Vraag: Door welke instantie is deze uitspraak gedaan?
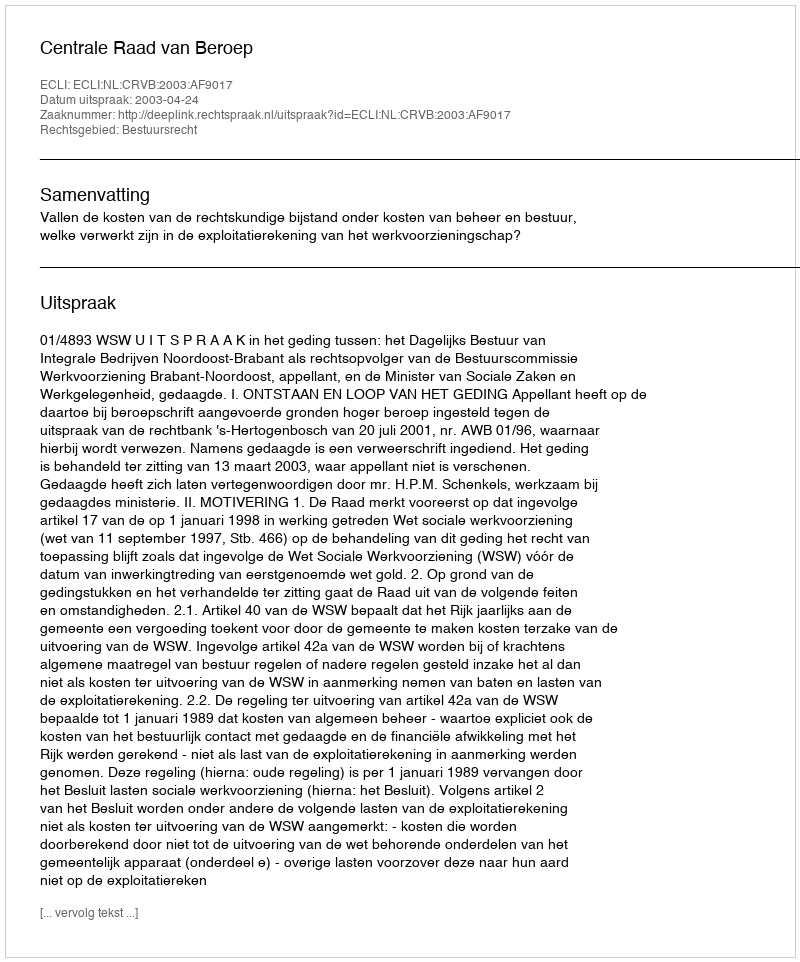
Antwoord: Centrale Raad van Beroep